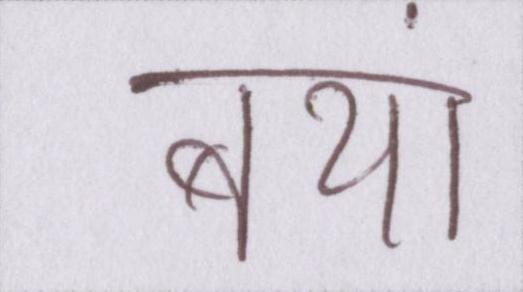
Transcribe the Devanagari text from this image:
बयां